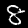
Label: 8